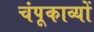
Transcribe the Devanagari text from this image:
चंपूकाव्यों